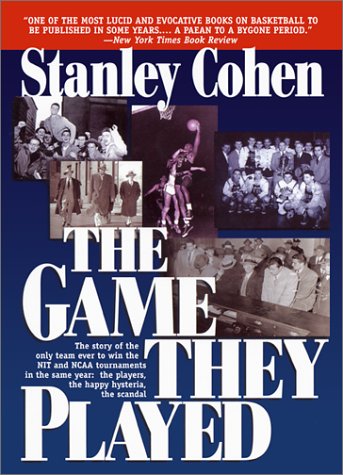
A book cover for The Game They Played; Stanley Cohen; Sports & Outdoors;